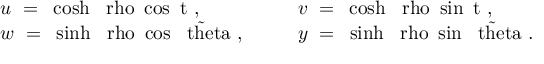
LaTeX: \begin{array} { l l } { { u ~ = ~ \cosh \mathrm { \boldmath ~ \ r h o ~ } \cos \mathrm { \boldmath ~ t ~ } , ~ ~ ~ ~ ~ } } & { { v ~ = ~ \cosh \mathrm { \boldmath ~ \ r h o ~ } \sin \mathrm { \boldmath ~ t ~ } , } } \\ { { w ~ = ~ \sinh \mathrm { \boldmath ~ \ r h o ~ } \cos \mathrm { \boldmath ~ \tilde { \ t h e t a } ~ } , ~ ~ ~ ~ ~ } } & { { y ~ = ~ \sinh \mathrm { \boldmath ~ \ r h o ~ } \sin \mathrm { \boldmath ~ \tilde { \ t h e t a } ~ } . } } \end{array}